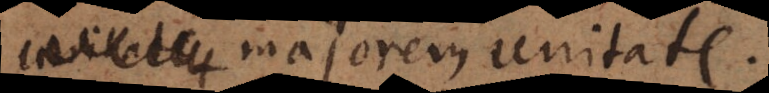
per majorem unitate.